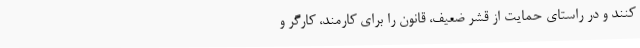
کنند و در راستای حمایت از قشر ضعیف، قانون را برای کارمند، کارگر و